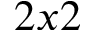
2 x 2